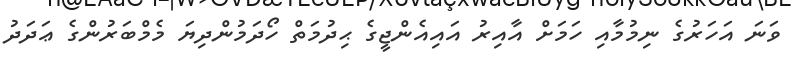
ވަނަ އަހަރުގެ ނިމުމާއި ހަމަށް އާއިރު އައިއެންޖީގެ ޙިދުމަތް ހޯދަމުންދިޔަ މެމްބަރުންގެ ޢަދަދު